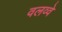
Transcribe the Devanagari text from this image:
वलव्वे